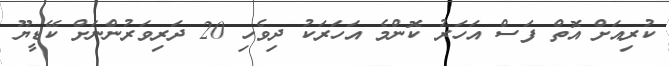
ކުރިއަށް އޮތް ފަސް އަހަރު ކޮންމެ އަހަރަކު ދިވެހި 20 ދަރިވަރުންނަށް ކޭޑީޔޫ